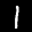
Label: 1